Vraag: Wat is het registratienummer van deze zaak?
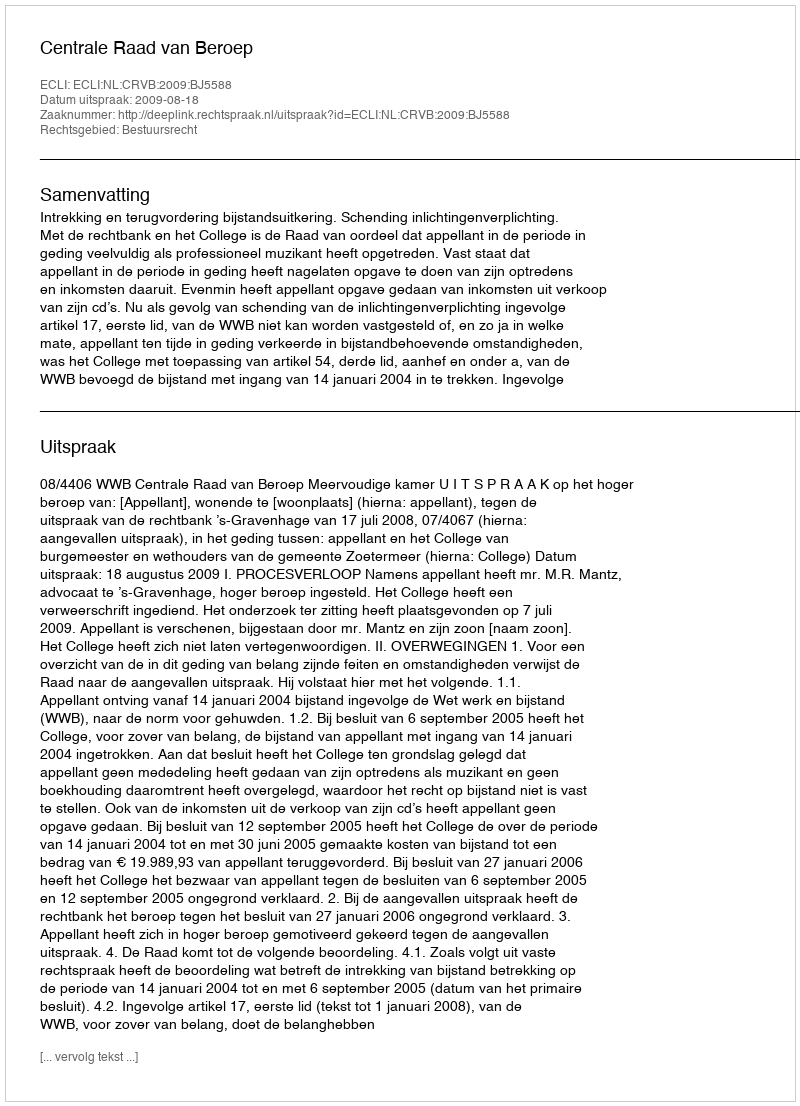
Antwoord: http://deeplink.rechtspraak.nl/uitspraak?id=ECLI:NL:CRVB:2009:BJ5588